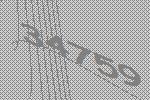
34759